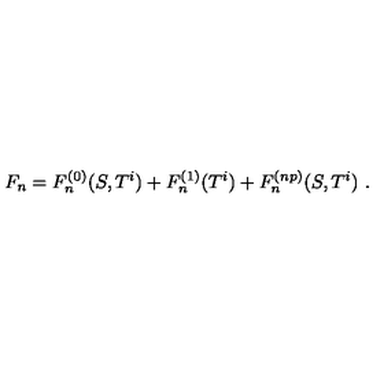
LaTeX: F _ { n } = F _ { n } ^ { ( 0 ) } ( S , T ^ { i } ) + F _ { n } ^ { ( 1 ) } ( T ^ { i } ) + F _ { n } ^ { ( n p ) } ( S , T ^ { i } ) \ .